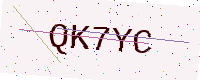
Text: QK7YC